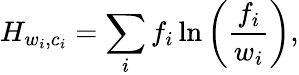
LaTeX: H_{w_{i},c_{i}}=\sum_{i}f_{i}\ln\left(\frac{f_{i}}{w_{i}}\right),